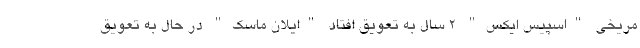
مریخی "اسپیس ایکس" ۲ سال به تعویق افتاد "ایلان ماسک" در حال به تعویق